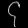
Digit: ၄